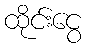
ထိုင်းငွေ